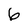
Character: 6